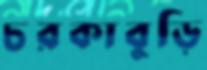
চরকাবুড়ি